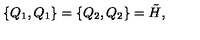
\{ Q _ { 1 } , Q _ { 1 } \} = \{ Q _ { 2 } , Q _ { 2 } \} = \tilde { H } ,